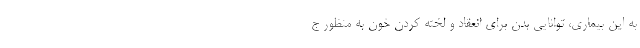
به این بیماری، توانایی بدن برای انعقاد و لخته کردن خون به منظور ج